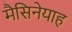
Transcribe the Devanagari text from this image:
मैसिनेयाह